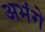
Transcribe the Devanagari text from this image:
अभंगे